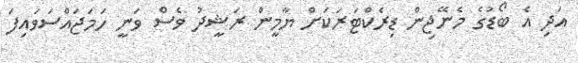
އަދި އެ ބޯޑުގެ މެނޭޖިން ޑިރެކްޓަރަކަށް ޔާމީން ރަޝީދު ވެސް ވަނީ ހަމަޖައްސަވައިފަ